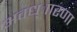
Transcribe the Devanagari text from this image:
अवध्ाारणा